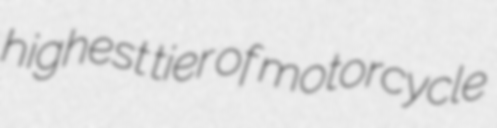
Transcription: highest tier of motorcycle